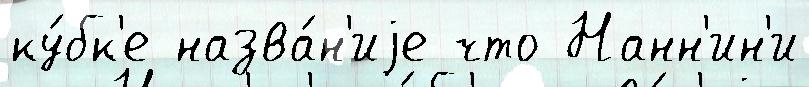
ку́бк'е назва́н'иjе что Нанн'ин'и